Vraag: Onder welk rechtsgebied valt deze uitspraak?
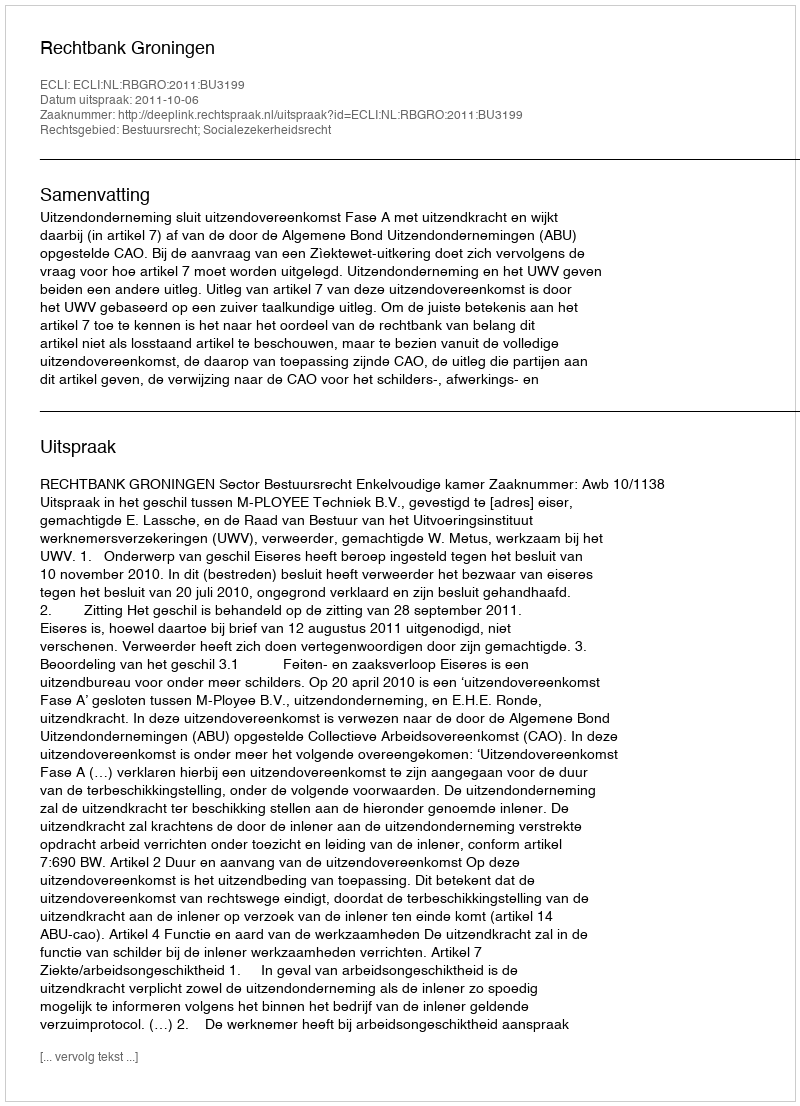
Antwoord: Bestuursrecht; Socialezekerheidsrecht